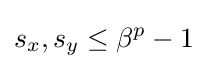
s_{x},s_{y}\leq \beta ^{p}-1